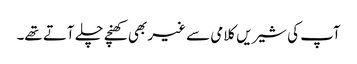
آپ کی شیریں کلامی سے غیر بھی کھنچے چلے آتے تھے۔